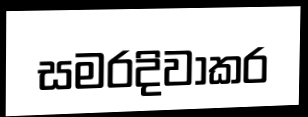
සමරදිවාකර